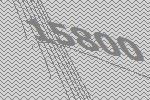
15800